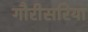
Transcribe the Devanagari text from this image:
गौरीसरिया